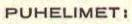
PUHELIMET: